Lui_Olesk, lk 8
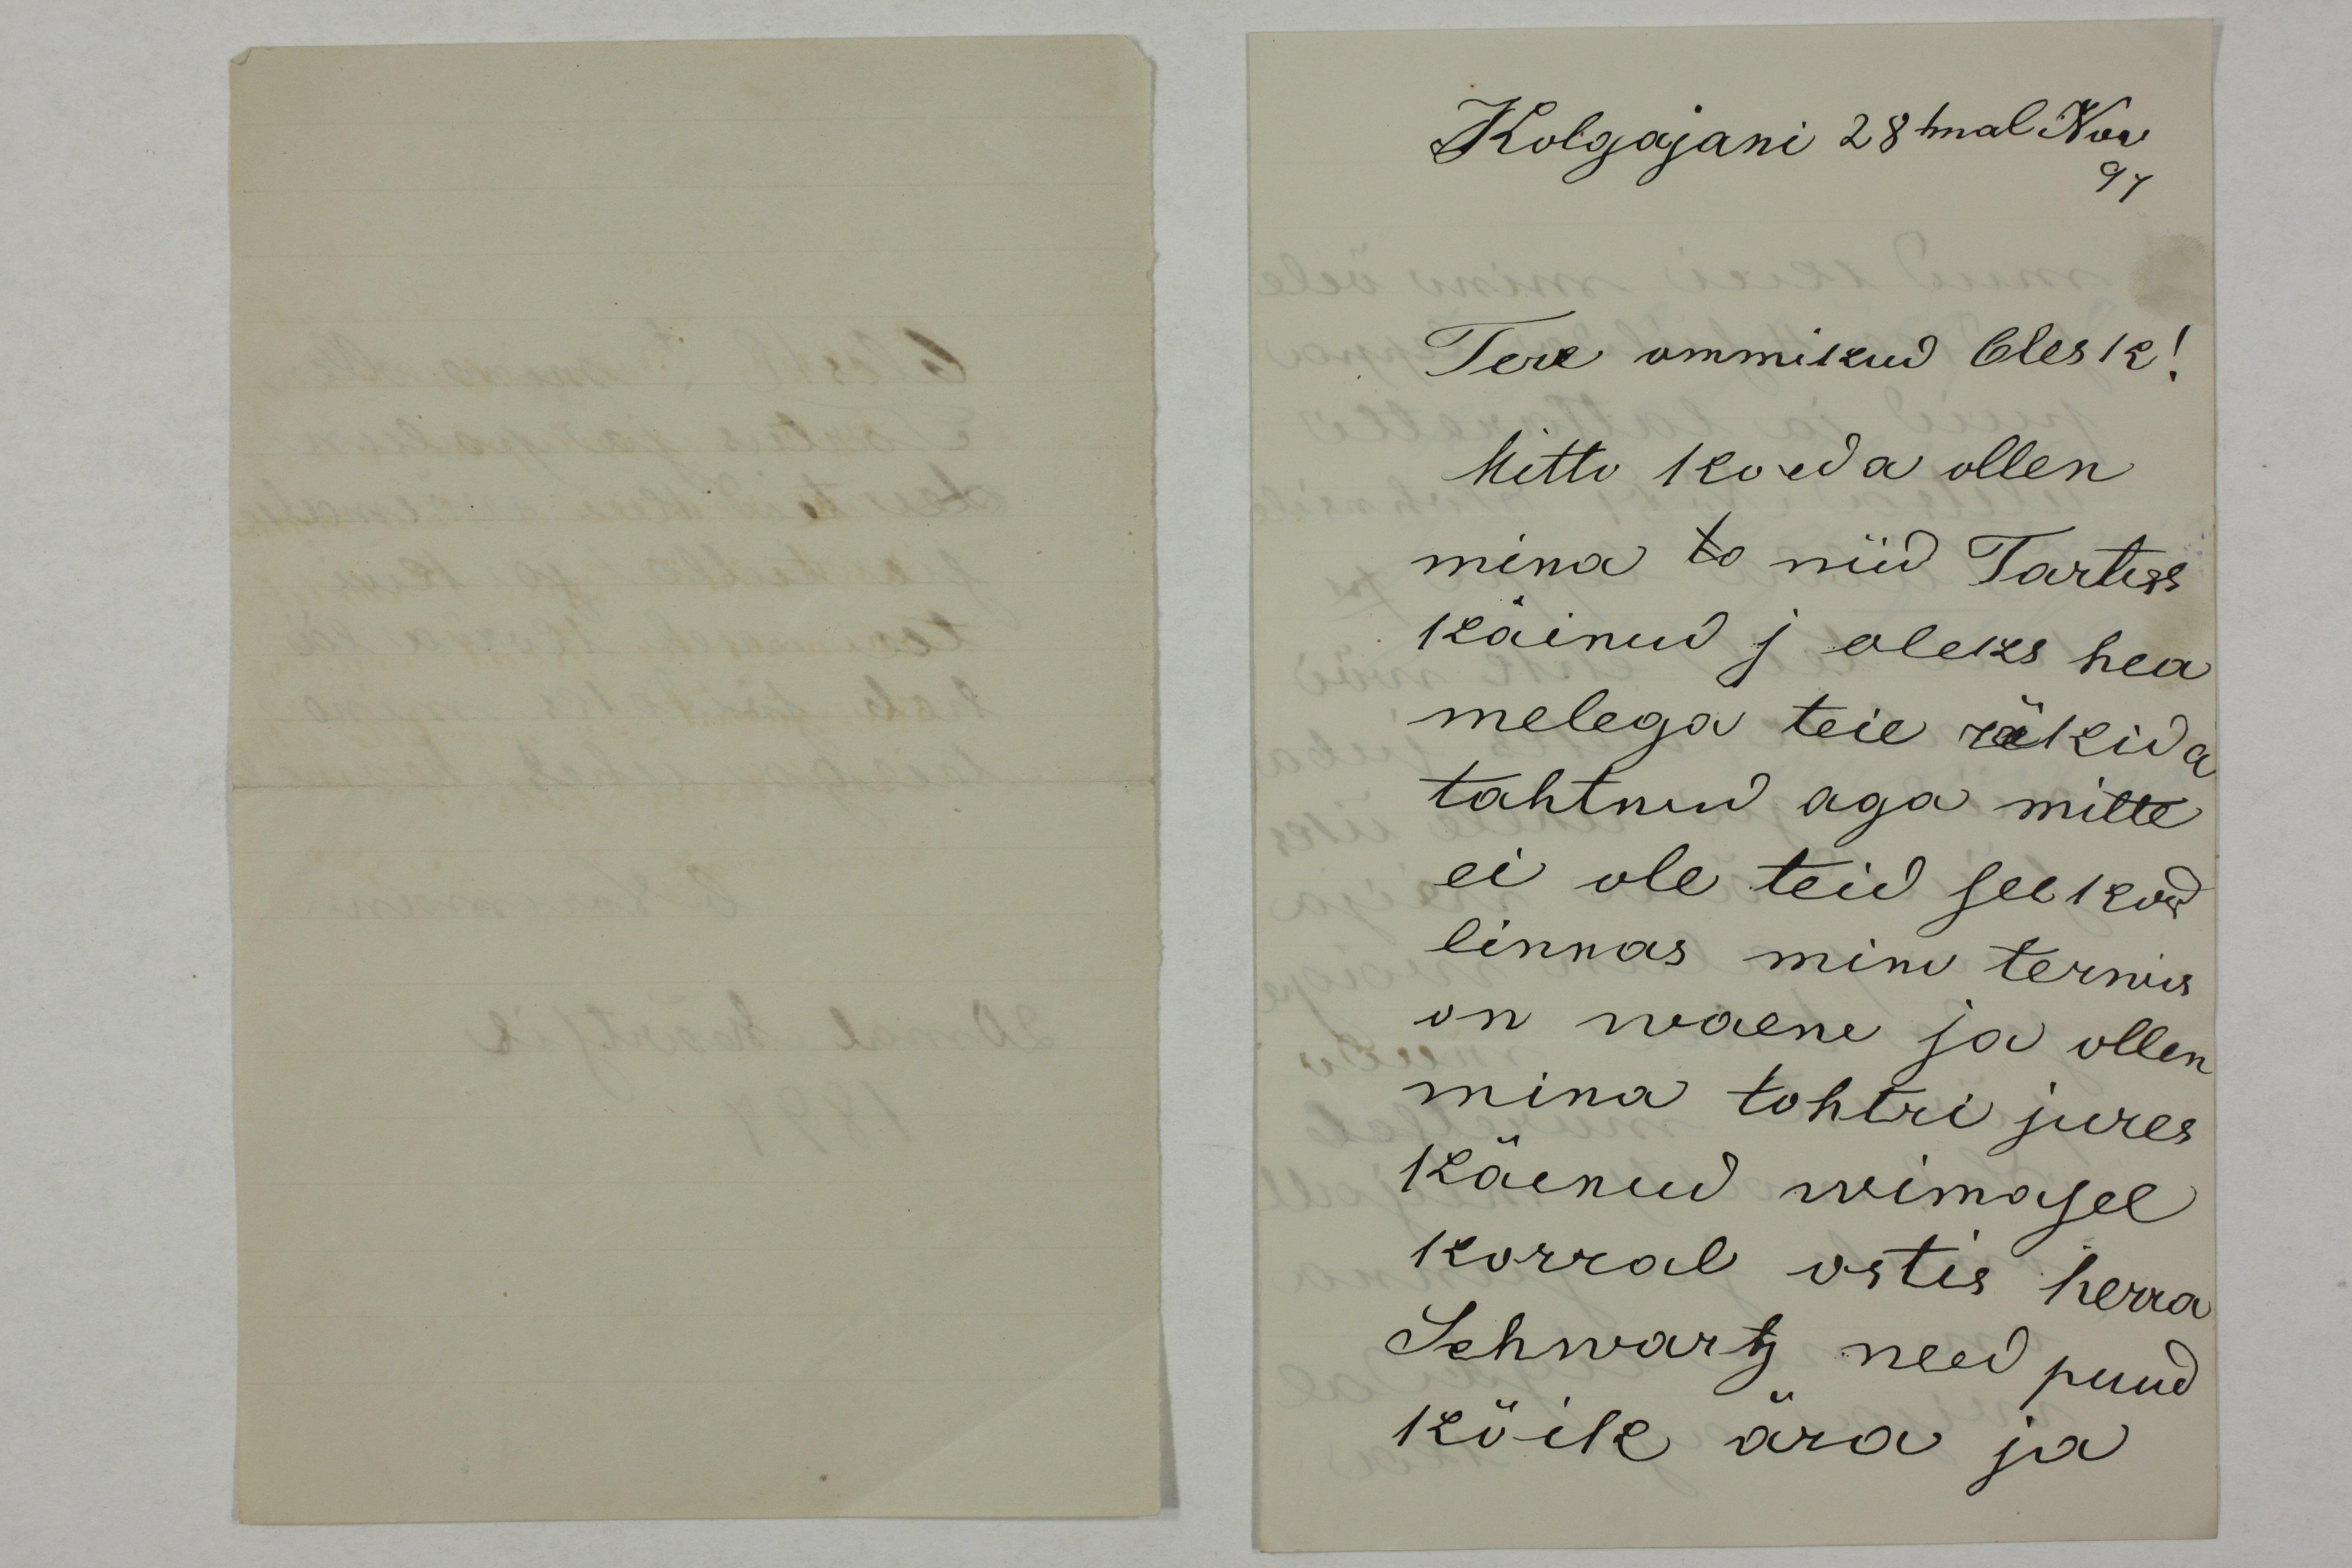
Kolgajani 28mal Nov
97
Tere ommikud Olesk!
Mitto korda ollen
mina to nüd Tartus
käinud j oleks hea
melega teie räkida
tahtnud aga mitte
ei ole teid seekord
linnas mino terwis
on waene ja ollen
mina tohtri jures
käenud wimasel
korral ostis herra
Schwartz need puud
kõik ära ja